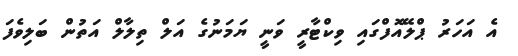
އެ އަހަރު ޕްލޭއޮފްގައި ވިކްޓާރީ ވަނީ ޔަމަނުގެ އަލް ތިލާލް އަތުން ބަލިވެފަ